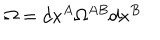
\Omega = d x ^ { A } \Omega ^ { A B } d x ^ { B }